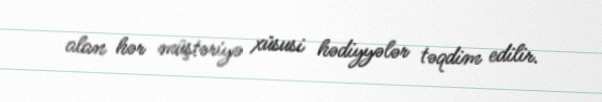
alan hər müştəriyə xüsusi hədiyyələr təqdim edilir.